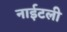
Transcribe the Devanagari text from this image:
नाईटली